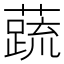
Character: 𬞞